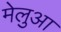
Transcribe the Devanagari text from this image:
मेलुआ